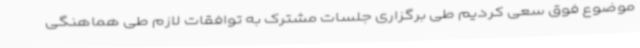
موضوع فوق سعی کردیم طی برگزاری جلسات مشترک به توافقات لازم طی هماهنگی